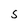
Character: S